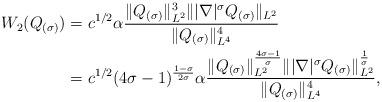
LaTeX: \begin{align*}W_2(Q_{(\sigma)})&= c^{1/2} \alpha\frac{\|Q_{(\sigma)}\|_{L^2}^3\||\nabla|^\sigma Q_{(\sigma)}\|_{L^2}}{\|Q_{(\sigma)}\|_{L^4}^4}\\&= c^{1/2} (4\sigma-1)^{\frac{1-\sigma}{2\sigma}} \alpha \frac{\|Q_{(\sigma)}\|_{L^2}^{\frac{4\sigma-1}{\sigma}}\||\nabla|^\sigma Q_{(\sigma)}\|_{L^2}^{\frac{1}{\sigma}}}{\|Q_{(\sigma)}\|_{L^4}^4},\end{align*}